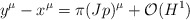
\begin{align*}y^{\mu}-x^{\mu} = \pi (Jp)^{\mu} + {\cal O}(H^1)\end{align*}